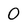
Character: 0